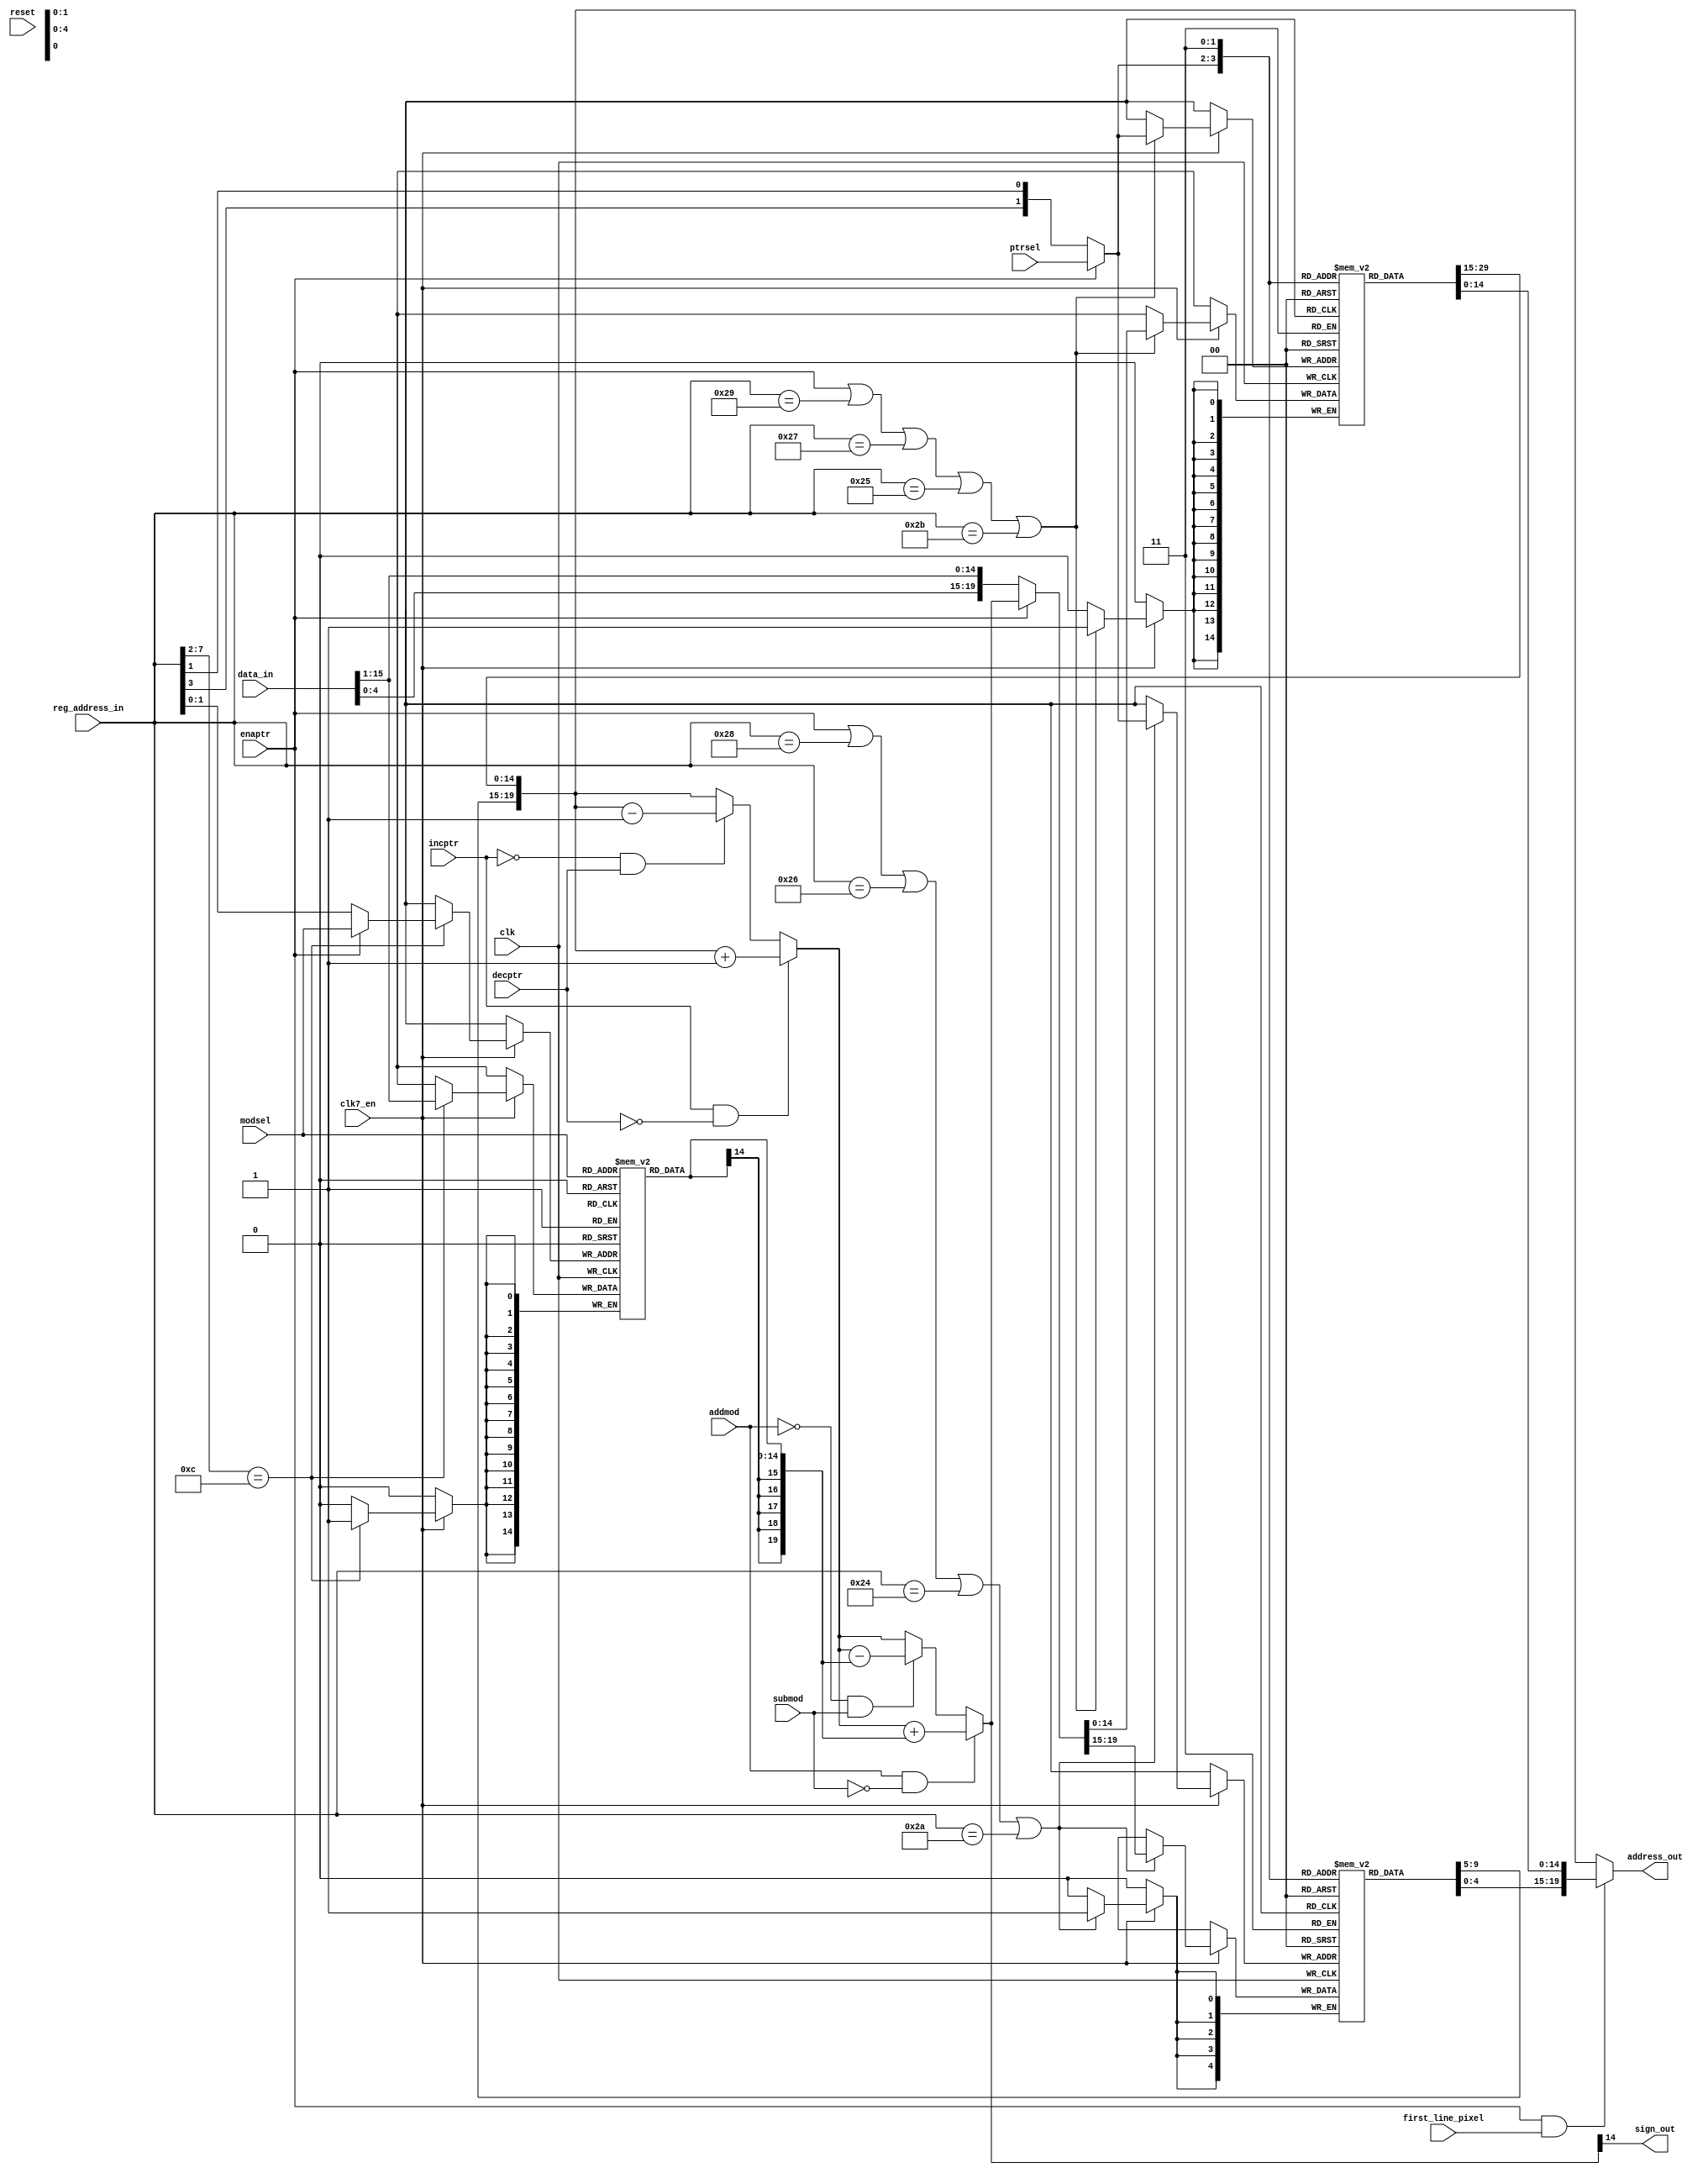
// This program was cloned from: https://github.com/rkrajnc/minimig-mist
// License: GNU General Public License v3.0

// Blitter address generator
// It can increment or decrement selected pointer register or add or substract any selected modulo register

module agnus_blitter_adrgen
(
	input	clk,					// bus clock
  input clk7_en,
	input	reset,					// reset
  input first_line_pixel,
	input	[1:0] ptrsel,			// pointer register selection
	input	[1:0] modsel,			// modulo register selection
	input	enaptr,					// enable pointer selection and update
	input	incptr,					// increase selected pointer register
	input	decptr,					// decrease selected pointer register
	input	addmod,					// add selected modulo register to selected pointer register
	input	submod,					// substract selected modulo register from selected pointer register
	output	sign_out,				// sign output (used for line mode)
	input	[15:0] data_in,			// bus data in
	input	[8:1] reg_address_in,	// register address input
	output	[20:1] address_out		// generated address out
);

//register names and addresses
parameter BLTAMOD = 9'h064;
parameter BLTBMOD = 9'h062;
parameter BLTCMOD = 9'h060;
parameter BLTDMOD = 9'h066;
parameter BLTAPTH = 9'h050;
parameter BLTAPTL = 9'h052;
parameter BLTBPTH = 9'h04c;
parameter BLTBPTL = 9'h04e;
parameter BLTCPTH = 9'h048;
parameter BLTCPTL = 9'h04a;
parameter BLTDPTH = 9'h054;
parameter BLTDPTL = 9'h056;

//channel select codes
parameter CHA = 2'b10;			// channel A
parameter CHB = 2'b01;			// channel B
parameter CHC = 2'b00;			// channel C
parameter CHD = 2'b11;			// channel D

//local signals
wire 	[1:0]	bltptr_sel;		// blitter pointer select
wire 	[20:1]	bltptr_in;		// blitter pointer registers input
reg		[20:16] bltpth [3:0];	// blitter pointer register bank (high)
wire	[20:16] bltpth_out;		// blitter pointer register bank output (high)
reg		[15:1]  bltptl [3:0];	// blitter pointer register bank (low)
wire	[15:1]  bltptl_out;		// blitter pointer register bank output (low)
wire	[20:1]	bltptr_out;		// blitter pointer register bank output

wire 	[1:0]	bltmod_sel;		// blitter modulo register select
reg		[15:1]  bltmod [3:0];	// blitter modulo register bank
wire	[15:1]  bltmod_out;		// blitter modulo register bank output

reg		[20:1]  newptr;			// new pointer value
reg 	[20:1]	t_newptr; 		// temporary pointer value

//--------------------------------------------------------------------------------------

//pointer register bank

assign bltptr_in[20:1] = enaptr ? newptr[20:1] : {data_in[4:0], data_in[15:1]};

assign bltptr_sel = enaptr ? ptrsel : {reg_address_in[4],reg_address_in[2]};

always @(posedge clk)
  if (clk7_en) begin
  	if (enaptr || reg_address_in[8:1]==BLTAPTH[8:1] || reg_address_in[8:1]==BLTBPTH[8:1] || reg_address_in[8:1]==BLTCPTH[8:1] || reg_address_in[8:1]==BLTDPTH[8:1])
  		bltpth[bltptr_sel] <= bltptr_in[20:16];
  end

assign bltpth_out = bltpth[bltptr_sel];		
		
always @(posedge clk)
  if (clk7_en) begin
  	if (enaptr || reg_address_in[8:1]==BLTAPTL[8:1] || reg_address_in[8:1]==BLTBPTL[8:1] || reg_address_in[8:1]==BLTCPTL[8:1] || reg_address_in[8:1]==BLTDPTL[8:1])
  		bltptl[bltptr_sel] <= bltptr_in[15:1];
  end

assign bltptl_out = bltptl[bltptr_sel];

assign bltptr_out = {bltpth_out, bltptl_out};	
	
assign address_out = enaptr && first_line_pixel ? {bltpth[CHD], bltptl[CHD]} : bltptr_out;
    
//--------------------------------------------------------------------------------------

//modulo register bank

assign bltmod_sel = enaptr ? modsel : reg_address_in[2:1];

always @(posedge clk)
  if (clk7_en) begin
  	if (reg_address_in[8:3]==BLTAMOD[8:3])
  		bltmod[bltmod_sel] <= data_in[15:1];
  end
assign bltmod_out = bltmod[modsel];

//--------------------------------------------------------------------------------------

// pointer arithmetic unit

// increment or decrement selected pointer
always @(*)
	if (incptr && !decptr)
		t_newptr = bltptr_out + 20'h1; // increment selected pointer
	else if (!incptr && decptr)
		t_newptr = bltptr_out - 20'h1; // decrement selected pointer
	else
		t_newptr = bltptr_out;

// add or substract modulo
always @(*)
	if (addmod && !submod)
		newptr = t_newptr + {{5{bltmod_out[15]}},bltmod_out[15:1]}; // add modulo (sign extended)
	else if (!addmod && submod)
		newptr = t_newptr - {{5{bltmod_out[15]}},bltmod_out[15:1]}; // substract modulo (sign extended)
	else
		newptr = t_newptr;

//sign output
assign sign_out = newptr[15]; // used in line mode as the sign of Bresenham's error accumulator (channel A pointer acts as an accumulator)


endmodule